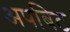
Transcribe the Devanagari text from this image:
अपबिट